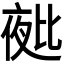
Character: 𭯑